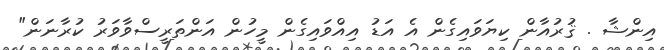
އިންޝާ . ޤުރުއާން ކިޔަވައިގެން އެ އަޑު އިއްވައިގެން މީހުން އަންތަރީސްވާވަރު ކުރާނަން"